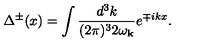
\Delta ^ { \pm } ( x ) = \int \frac { d ^ { 3 } k } { ( 2 \pi ) ^ { 3 } 2 \omega _ { { \bf k } } } e ^ { \mp i k x } .